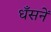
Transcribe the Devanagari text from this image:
धँसनें